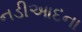
નડીઆદના